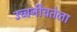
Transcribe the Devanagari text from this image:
उच्चनीचतेला